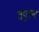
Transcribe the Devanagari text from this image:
तपुस्स